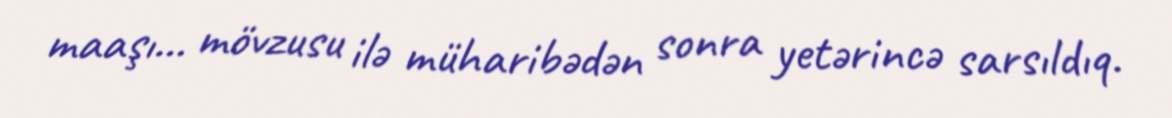
maaşı... mövzusu ilə müharibədən sonra yetərincə sarsıldıq.